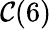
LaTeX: \mathcal{C}(6)